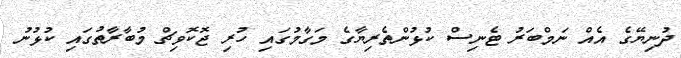
ދުނިޔޭގެ އެއް ނަމްބަރު ޓެނިސް ކުޅުންތެރިޔާގެ މަގާމުގައި ހުރި ޖޮކޮވިޗް މުބާރާތުގައި ކުޅުނު